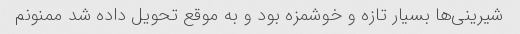
شیرینی‌ها بسیار تازه و خوشمزه بود و به موقع تحویل داده شد ممنونم